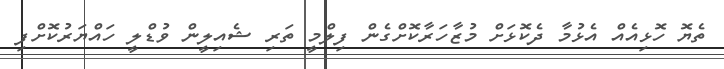
ތެޔޮ ހޮޅިއެއް އެޅުމާ ދެކޮޅަށް މުޒާހަރާކޮށްގެން ފިލްމީ ތަރި ޝެއިލީން ވުޑްލީ ހައްޔަރުކޮށްފި